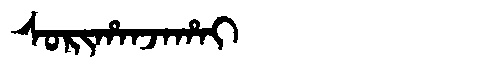
Manchu: ᠰᠣᡵᡳᡥᠠᠨᠵᠠᡥᠠᡳ
Romanization: SORIHANJAHAI